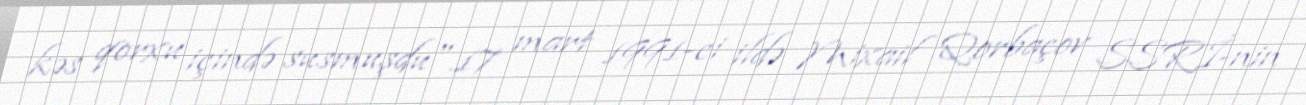
kəs qorxu içində susmuşdu".17 mart 1991-ci ildə Mixail Qorbaçov SSRİ-nin